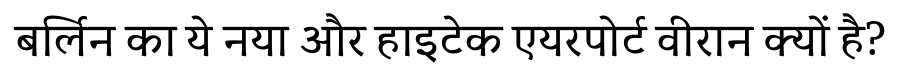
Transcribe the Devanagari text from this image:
बर्लिन का ये नया और हाइटेक एयरपोर्ट वीरान क्यों है?